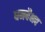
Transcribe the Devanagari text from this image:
धनवैभव